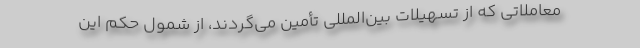
معاملاتی که از تسهیلات بین‌المللی تأمین می‌گردند، از شمول حکم این